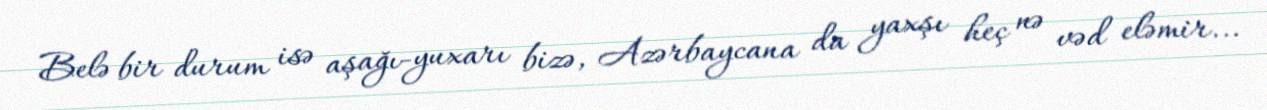
Belə bir durum isə aşağı-yuxarı bizə, Azərbaycana da yaxşı heç nə vəd eləmir...